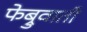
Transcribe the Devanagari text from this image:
फेब्रुवाती